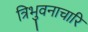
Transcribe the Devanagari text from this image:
त्रिभुवनाचारि